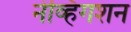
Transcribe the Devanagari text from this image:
नेव्हिगशन